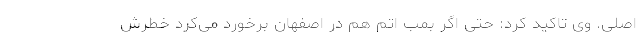
اصلی. وی تاکید کرد: حتی اگر بمب اتم هم در اصفهان برخورد می‌کرد خطرش